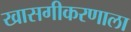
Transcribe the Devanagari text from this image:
खासगीकरणाला